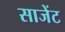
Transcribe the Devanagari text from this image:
साजेंट